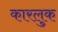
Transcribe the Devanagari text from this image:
कारलुक